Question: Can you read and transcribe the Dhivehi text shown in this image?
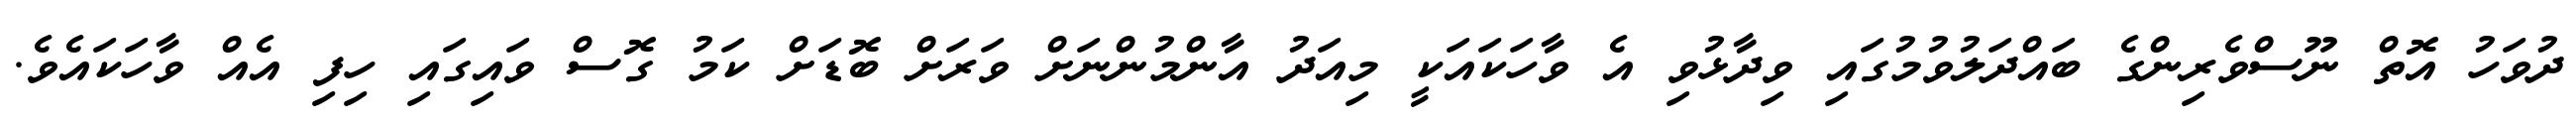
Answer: ދުވަހު އޮތް ނޫސްވެރިންގެ ބައްދަލުވުމުގައި ވިދާޅުވި އެ ވާހަކައަކީ މިއަދު އާންމުންނަށް ވަރަށް ބޮޑަށް ކަމު ގޮސް ވައިގައި ހިފި އެއް ވާހަކައެވެ.